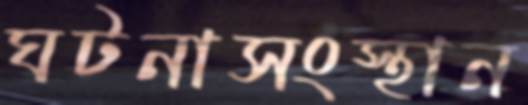
ঘটনাসংস্থান